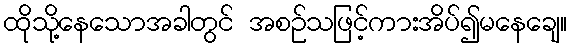
ထိုသို့နေသောအခါတွင် အစဉ်သဖြင့်ကားအိပ်၍မနေချေ။